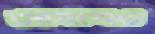
আখখেত